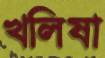
খলিষা